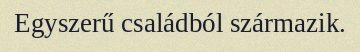
Egyszerű családból származik.